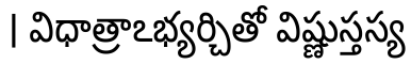
। విధాత్రాఽభ్యర్చితో విష్ణుస్తస్య